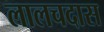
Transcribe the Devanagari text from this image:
लालचदास